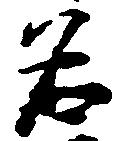
名